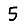
Digit: 5